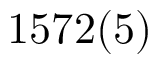
1 5 7 2 ( 5 )